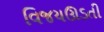
વિજયઊડતી